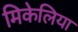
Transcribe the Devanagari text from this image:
मिकेलिया